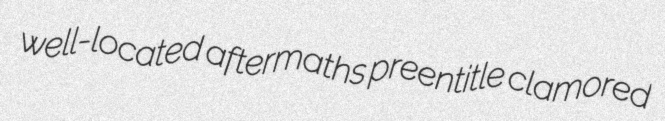
well-located aftermaths preentitle clamored